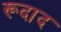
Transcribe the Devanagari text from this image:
रूदाद